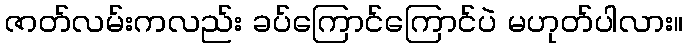
ဇာတ်လမ်းကလည်း ခပ်ကြောင်ကြောင်ပဲ မဟုတ်ပါလား။